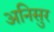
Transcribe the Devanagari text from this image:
अनिसुर